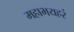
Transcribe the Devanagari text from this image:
महाभयहरं